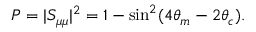
P = | S _ { \mu \mu } | ^ { 2 } = 1 - \sin ^ { 2 } ( 4 \theta _ { m } - 2 \theta _ { c } ) .